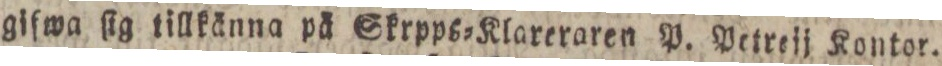
gifwa ſig tillkänna på Skrpps=Klareraren P. Petreij Kontor.